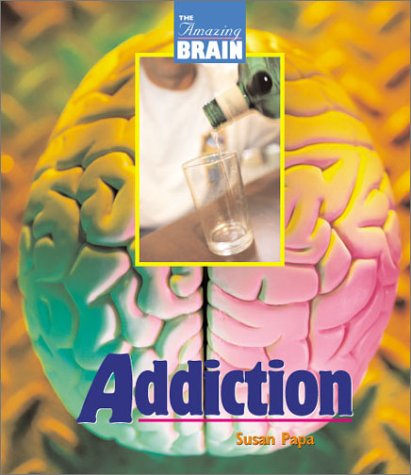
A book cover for Amazing Brain - Addiction; Susan Papa; Teen & Young Adult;